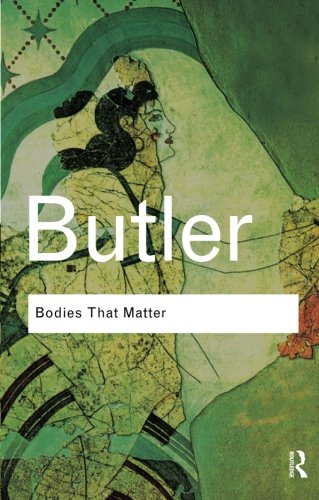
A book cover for Bodies That Matter: On the Discursive Limits of Sex; Judith Butler; Medical Books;